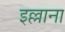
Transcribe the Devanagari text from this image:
इल्लाना